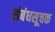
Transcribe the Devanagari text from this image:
संबंधसूचक